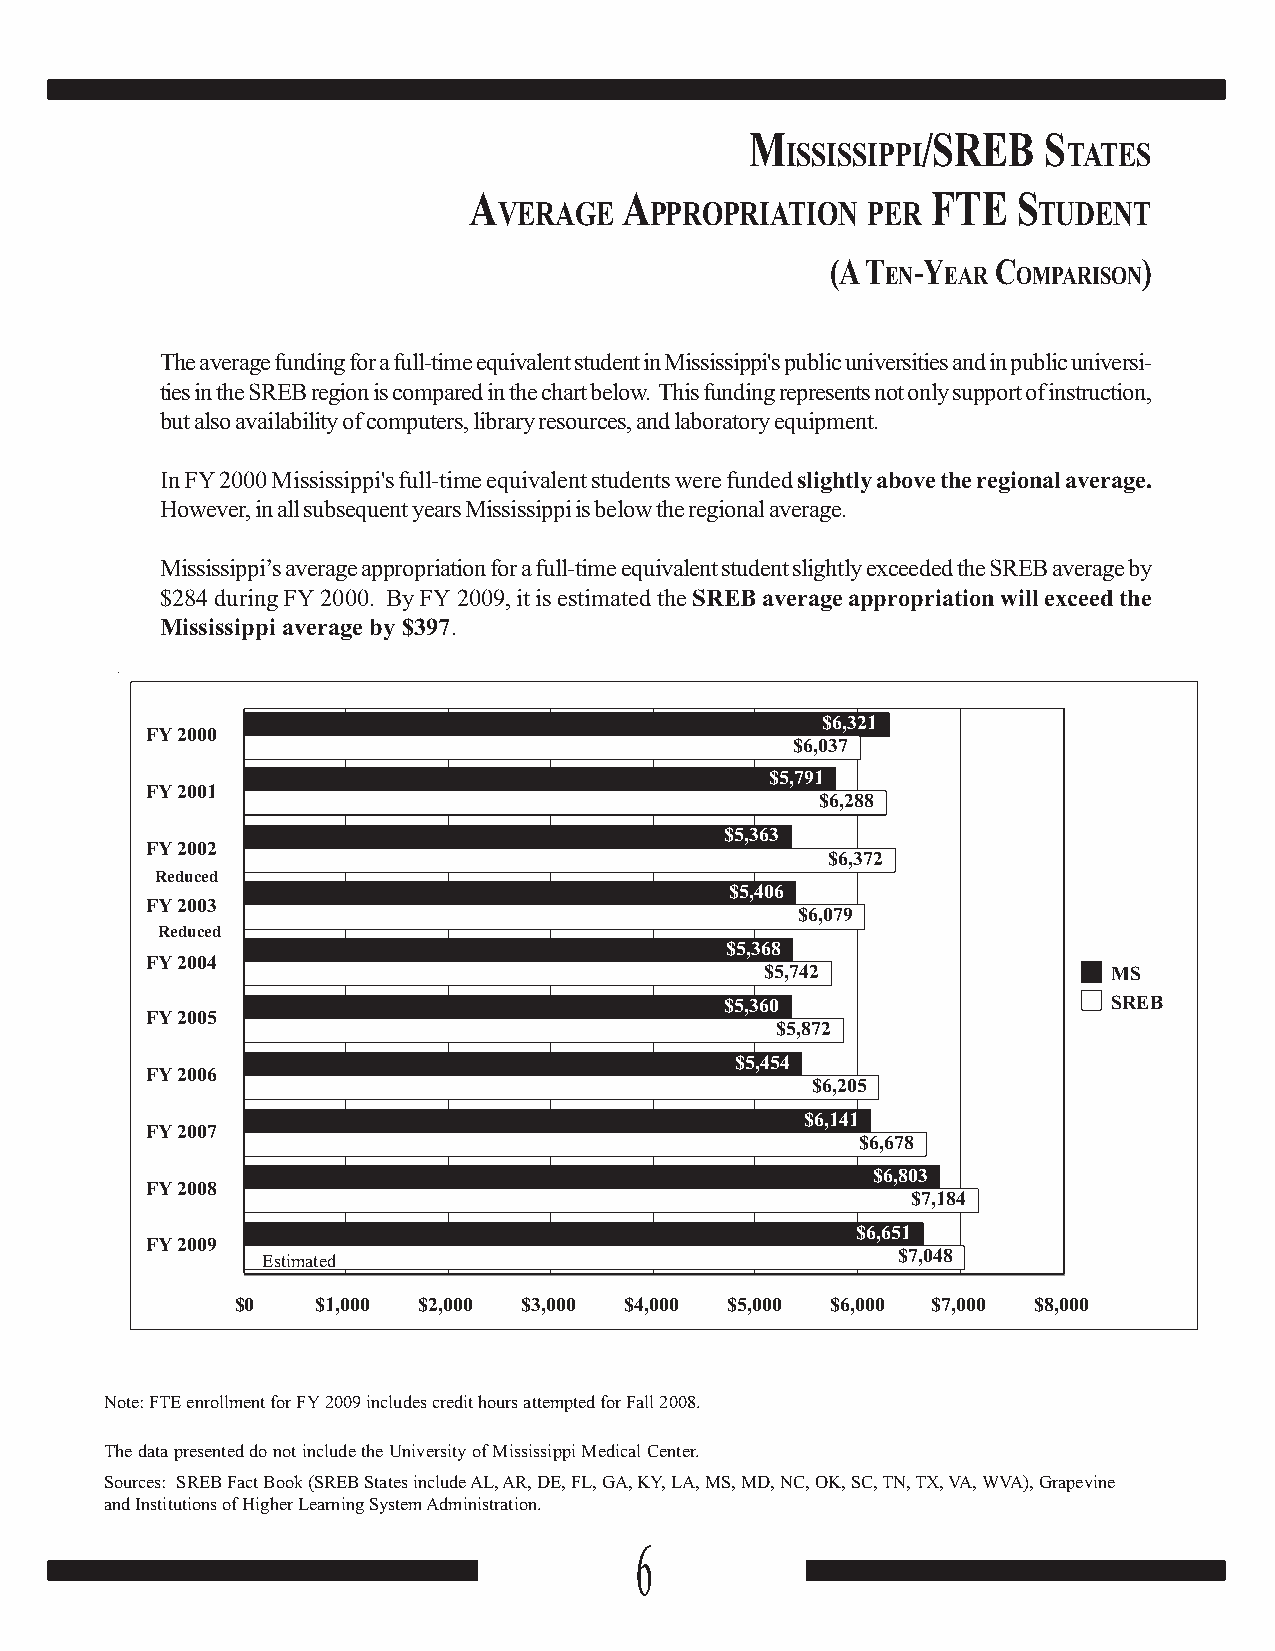
M          /SREB   S
 ISSISSIPPI         TATES
 A         A                    FTE  S
 VERAGE    PPROPRIATION  PER         TUDENT
 (A T -Y    C         )
 EN  EAR OMPARISON
 The average funding for a full-time equivalent student in Mississippi's public universities and in public universi-
 ties in the SREB region is compared in the chart below. This funding represents not only support of instruction,
 but also availability of computers, library resources, and laboratory equipment.
 In FY 2000 Mississippi's full-time equivalent students were funded slightly above the regional average.
 However, in all subsequent yearsMississippi is below the regional average.
 Mississippi’s average appropriation for a full-time equivalent student slightly exceeded the SREB average by
 $284 during FY 2000. By FY 2009, it is estimated the SREB average appropriation will exceed the
 Mississippi average by $397.
 $6,321
 FY 2000
 $6,037
 $5,791
 FY 2001
 $6,288
 $5,363
 FY 2002
 $6,372
 Reduced
 $5,406
 FY 2003
 $6,079
 Reduced
 $5,368
 FY 2004
 $5,742                 MS
 $5,360                    SREB
 FY 2005
 $5,872
 $5,454
 FY 2006
 $6,205
 $6,141
 FY 2007
 $6,678
 $6,803
 FY 2008
 $7,184
 $6,651
 FY 2009
 Estimated                                 $7,048
 $0   $1,000 $2,000 $3,000 $4,000 $5,000 $6,000 $7,000 $8,000
 Note: FTE enrollment for FY 2009 includes credit hours attempted for Fall 2008.
 The data presented do not include the University of Mississippi Medical Center.
 Sources: SREB Fact Book (SREB States include AL, AR, DE, FL, GA, KY, LA, MS, MD, NC, OK, SC, TN, TX, VA, WVA), Grapevine
 and Institutions of Higher Learning System Administration.
 6